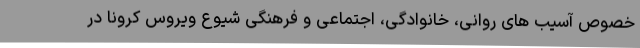
خصوص آسیب های روانی، خانوادگی، اجتماعی و فرهنگی شیوع ویروس کرونا در